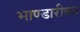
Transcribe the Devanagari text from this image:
भाण्डारीवन